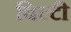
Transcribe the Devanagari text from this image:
बिल्टी